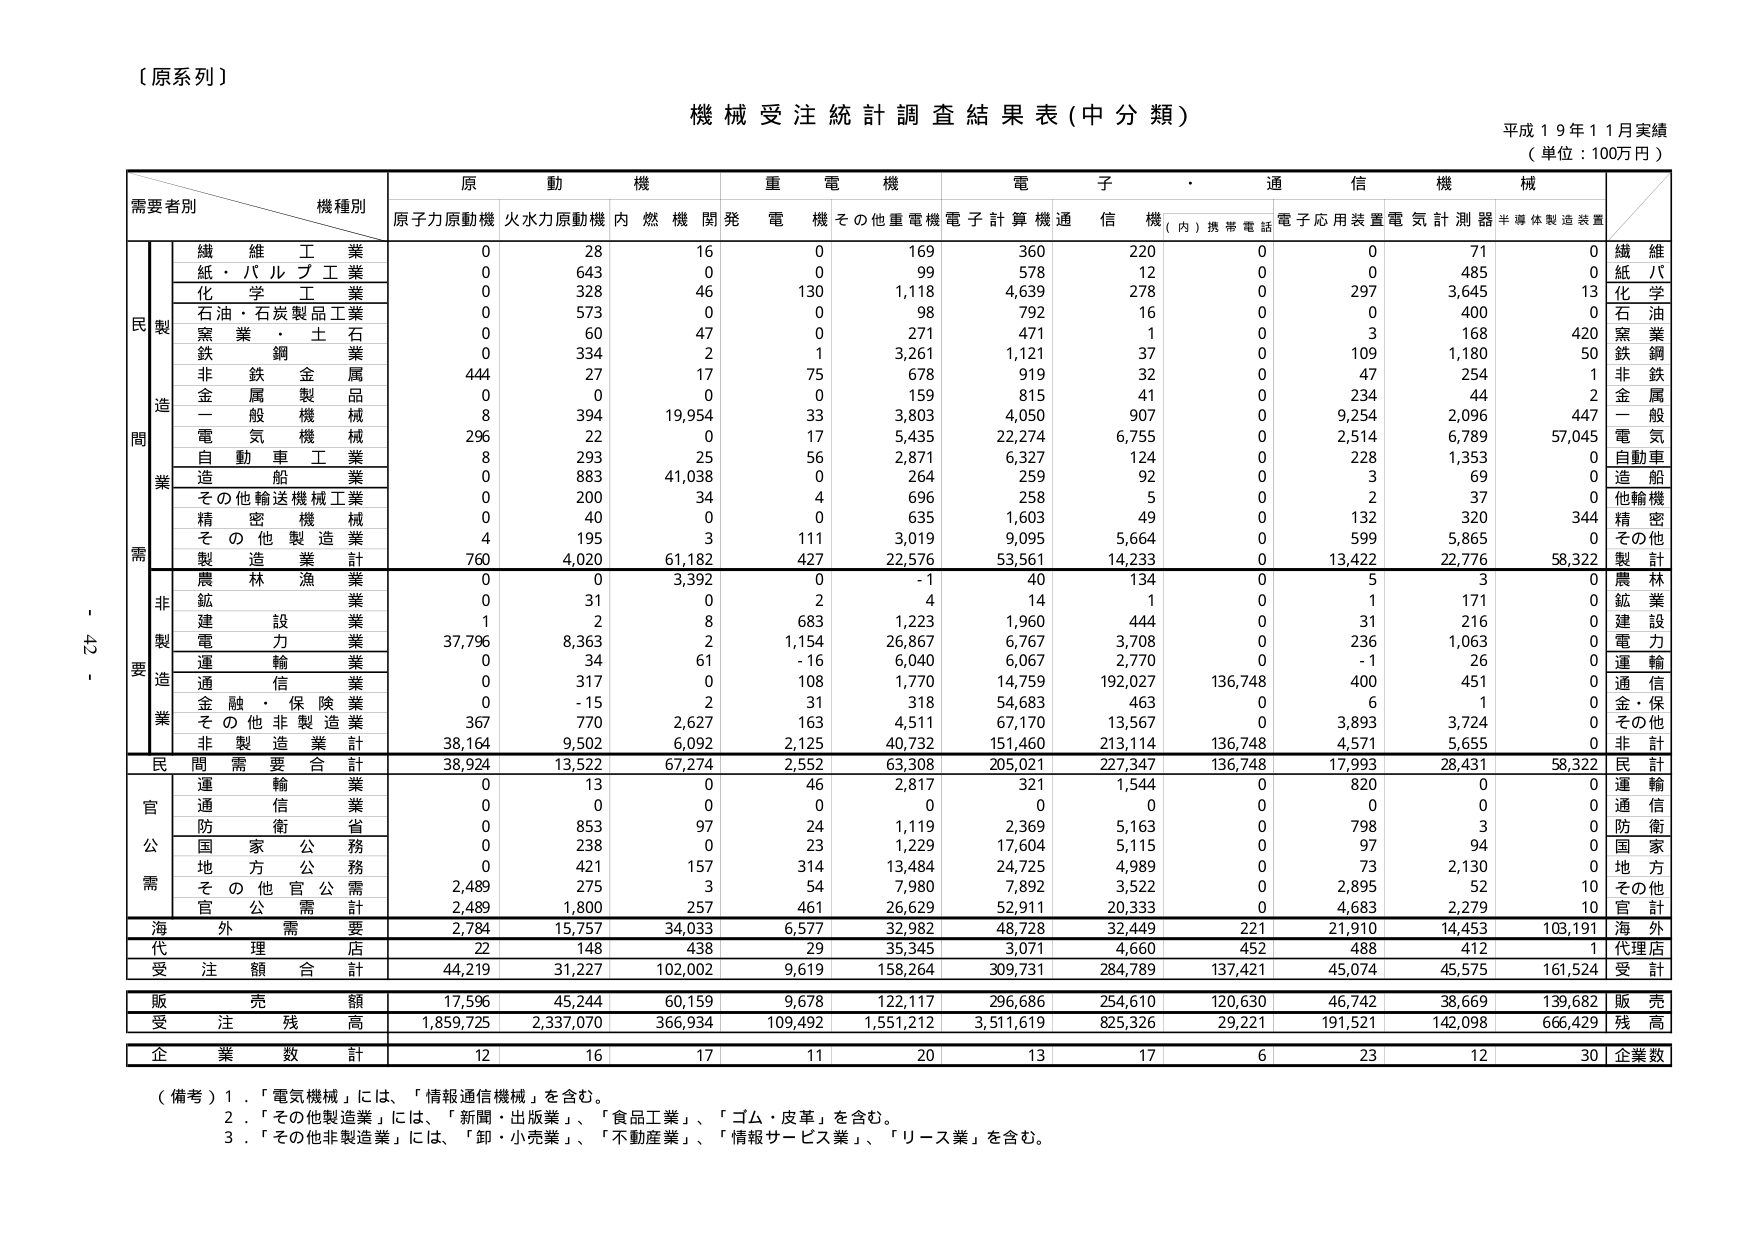
〔原系列〕

機械受注統計調査結果表（中分類）
平成19年11月実績
（単位：100万円）

需要者別　　機種別
　　　　　　　原動機　　重電機　　電子・通信機械
　　　　　　　原子力原動機　火力力原動機　内燃機関　発電機　その他重電機　電子計算機　通信機（内）携帯電話　電子応用装置　電気計測器　半導体製造装置

　　　　　　　繊維工業　　0　　28　　16　　0　　169　　360　　220　　0　　0　　71　　0　　繊維
　　　　　　　紙・パルプ工業　　0　　643　　0　　0　　99　　578　　12　　0　　0　　485　　0　　紙パ
　　　　　　　化学工業　　0　　328　　46　　130　　1,118　　4,639　　278　　0　　297　　3,645　　13　　化学
　　　　　　　石油・石炭製品工業　　0　　573　　0　　0　　98　　792　　16　　0　　0　　400　　0　　石油
　　　　　　　窯業・土石　　0　　60　　47　　0　　271　　471　　1　　0　　3　　168　　420　　窯業
　　　　　　　鉄鋼　　0　　334　　2　　1　　3,261　　1,121　　37　　0　　109　　1,180　　50　　鉄鋼
　　　　　　　非鉄金属　　444　　27　　17　　75　　678　　919　　32　　0　　47　　254　　1　　非鉄
　　　　　　　金属製品　　0　　0　　0　　0　　159　　815　　41　　0　　234　　44　　2　　金属
　　　　　　　一般機械　　8　　394　　19,954　　33　　3,803　　4,050　　907　　0　　9,254　　2,096　　447　　一般
　　　　　　　電気機械　　296　　22　　0　　17　　5,435　　22,274　　6,755　　0　　2,514　　6,789　　57,045　　電気
　　　　　　　自動車工業　　8　　293　　25　　56　　2,871　　6,327　　124　　0　　228　　1,353　　0　　自動車
　　　　　　　造船　　0　　883　　41,038　　0　　264　　259　　92　　0　　3　　69　　0　　造船
　　　　　　　その他輸送機械工業　　0　　200　　34　　4　　696　　258　　5　　0　　2　　37　　0　　他輸機
　　　　　　　精密機械　　0　　40　　0　　0　　635　　1,603　　49　　0　　132　　320　　344　　精密
　　　　　　　その他製造業　　4　　195　　3　　111　　3,019　　9,095　　5,664　　0　　599　　5,865　　0　　その他
　　　　　　　製造業計　　760　　4,020　　61,182　　427　　22,576　　53,561　　14,233　　0　　13,422　　22,776　　58,322　　製計

　　　　　　　農林漁業　　0　　0　　3,392　　0　　-1　　40　　134　　0　　5　　3　　0　　農林
　　　　　　　鉱業　　0　　31　　0　　2　　4　　14　　1　　0　　1　　171　　0　　鉱業
　　　　　　　建設業　　1　　2　　8　　683　　1,223　　1,960　　444　　0　　31　　216　　0　　建設
　　　　　　　電力業　　37,796　　8,363　　2　　1,154　　26,867　　6,767　　3,708　　0　　236　　1,063　　0　　電力
　　　　　　　運輸業　　0　　34　　61　　-16　　6,040　　6,067　　2,770　　0　　-1　　26　　0　　運輸
　　　　　　　通信業　　0　　317　　0　　108　　1,770　　14,759　　192,027　　136,748　　400　　451　　0　　通信
　　　　　　　金融・保険業　　0　　-15　　2　　31　　318　　54,683　　463　　0　　6　　1　　0　　金・保
　　　　　　　その他非製造業　　367　　770　　2,627　　163　　4,511　　67,170　　13,567　　0　　3,893　　3,724　　0　　その他
　　　　　　　非製造業計　　38,164　　9,502　　6,092　　2,125　　40,732　　151,460　　213,114　　136,748　　4,571　　5,655　　0　　非計

　　　　　　　民需合計　　38,924　　13,522　　67,274　　2,552　　63,308　　205,021　　227,347　　136,748　　17,993　　28,431　　58,322　　民計

　　　　　　　運輸業　　0　　13　　0　　46　　2,817　　321　　1,544　　0　　820　　0　　0　　運輸
　　　　　　　通信業　　0　　0　　0　　0　　0　　0　　0　　0　　0　　0　　0　　通信
　　　　　　　防衛省　　0　　853　　97　　24　　1,119　　2,369　　5,163　　0　　798　　3　　0　　防衛
　　　　　　　国家公務　　0　　238　　0　　23　　1,229　　17,604　　5,115　　0　　97　　94　　0　　国家
　　　　　　　地方公務　　0　　421　　157　　314　　13,484　　24,725　　4,989　　0　　73　　2,130　　0　　地方
　　　　　　　その他官公需　　2,489　　275　　3　　54　　7,980　　7,892　　3,522　　0　　2,895　　52　　10　　その他
　　　　　　　官公需計　　2,489　　1,800　　257　　461　　26,629　　52,911　　20,333　　0　　4,683　　2,279　　10　　官計

　　　　　　　海外需要　　2,784　　15,757　　34,033　　6,577　　32,982　　48,728　　32,449　　221　　21,910　　14,453　　103,191　　海外

　　　　　　　代理店　　22　　148　　438　　29　　35,345　　3,071　　4,660　　452　　488　　412　　1　　代理店

　　　　　　　受注額合計　　44,219　　31,227　　102,002　　9,619　　158,264　　309,731　　284,789　　137,421　　45,074　　45,575　　161,524　　受計

　　　　　　　販売額　　17,596　　45,244　　60,159　　9,678　　122,117　　296,686　　254,610　　120,630　　46,742　　38,669　　139,682　　販売

　　　　　　　受注残高　　1,859,725　　2,337,070　　366,934　　109,492　　1,551,212　　3,511,619　　825,326　　29,221　　191,521　　142,098　　666,429　　残高

　　　　　　　企業数計　　12　　16　　17　　11　　20　　13　　17　　6　　23　　12　　30　　企業数

（備考）1．「電気機械」には、「情報通信機械」を含む。
　　　　2．「その他製造業」には、「新聞・出版業」、「食品工業」、「ゴム・皮革」を含む。
　　　　3．「その他非製造業」には、「卸・小売業」、「不動産業」、「情報サービス業」、「リース業」を含む。